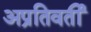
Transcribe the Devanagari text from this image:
अप्रतिवर्ती